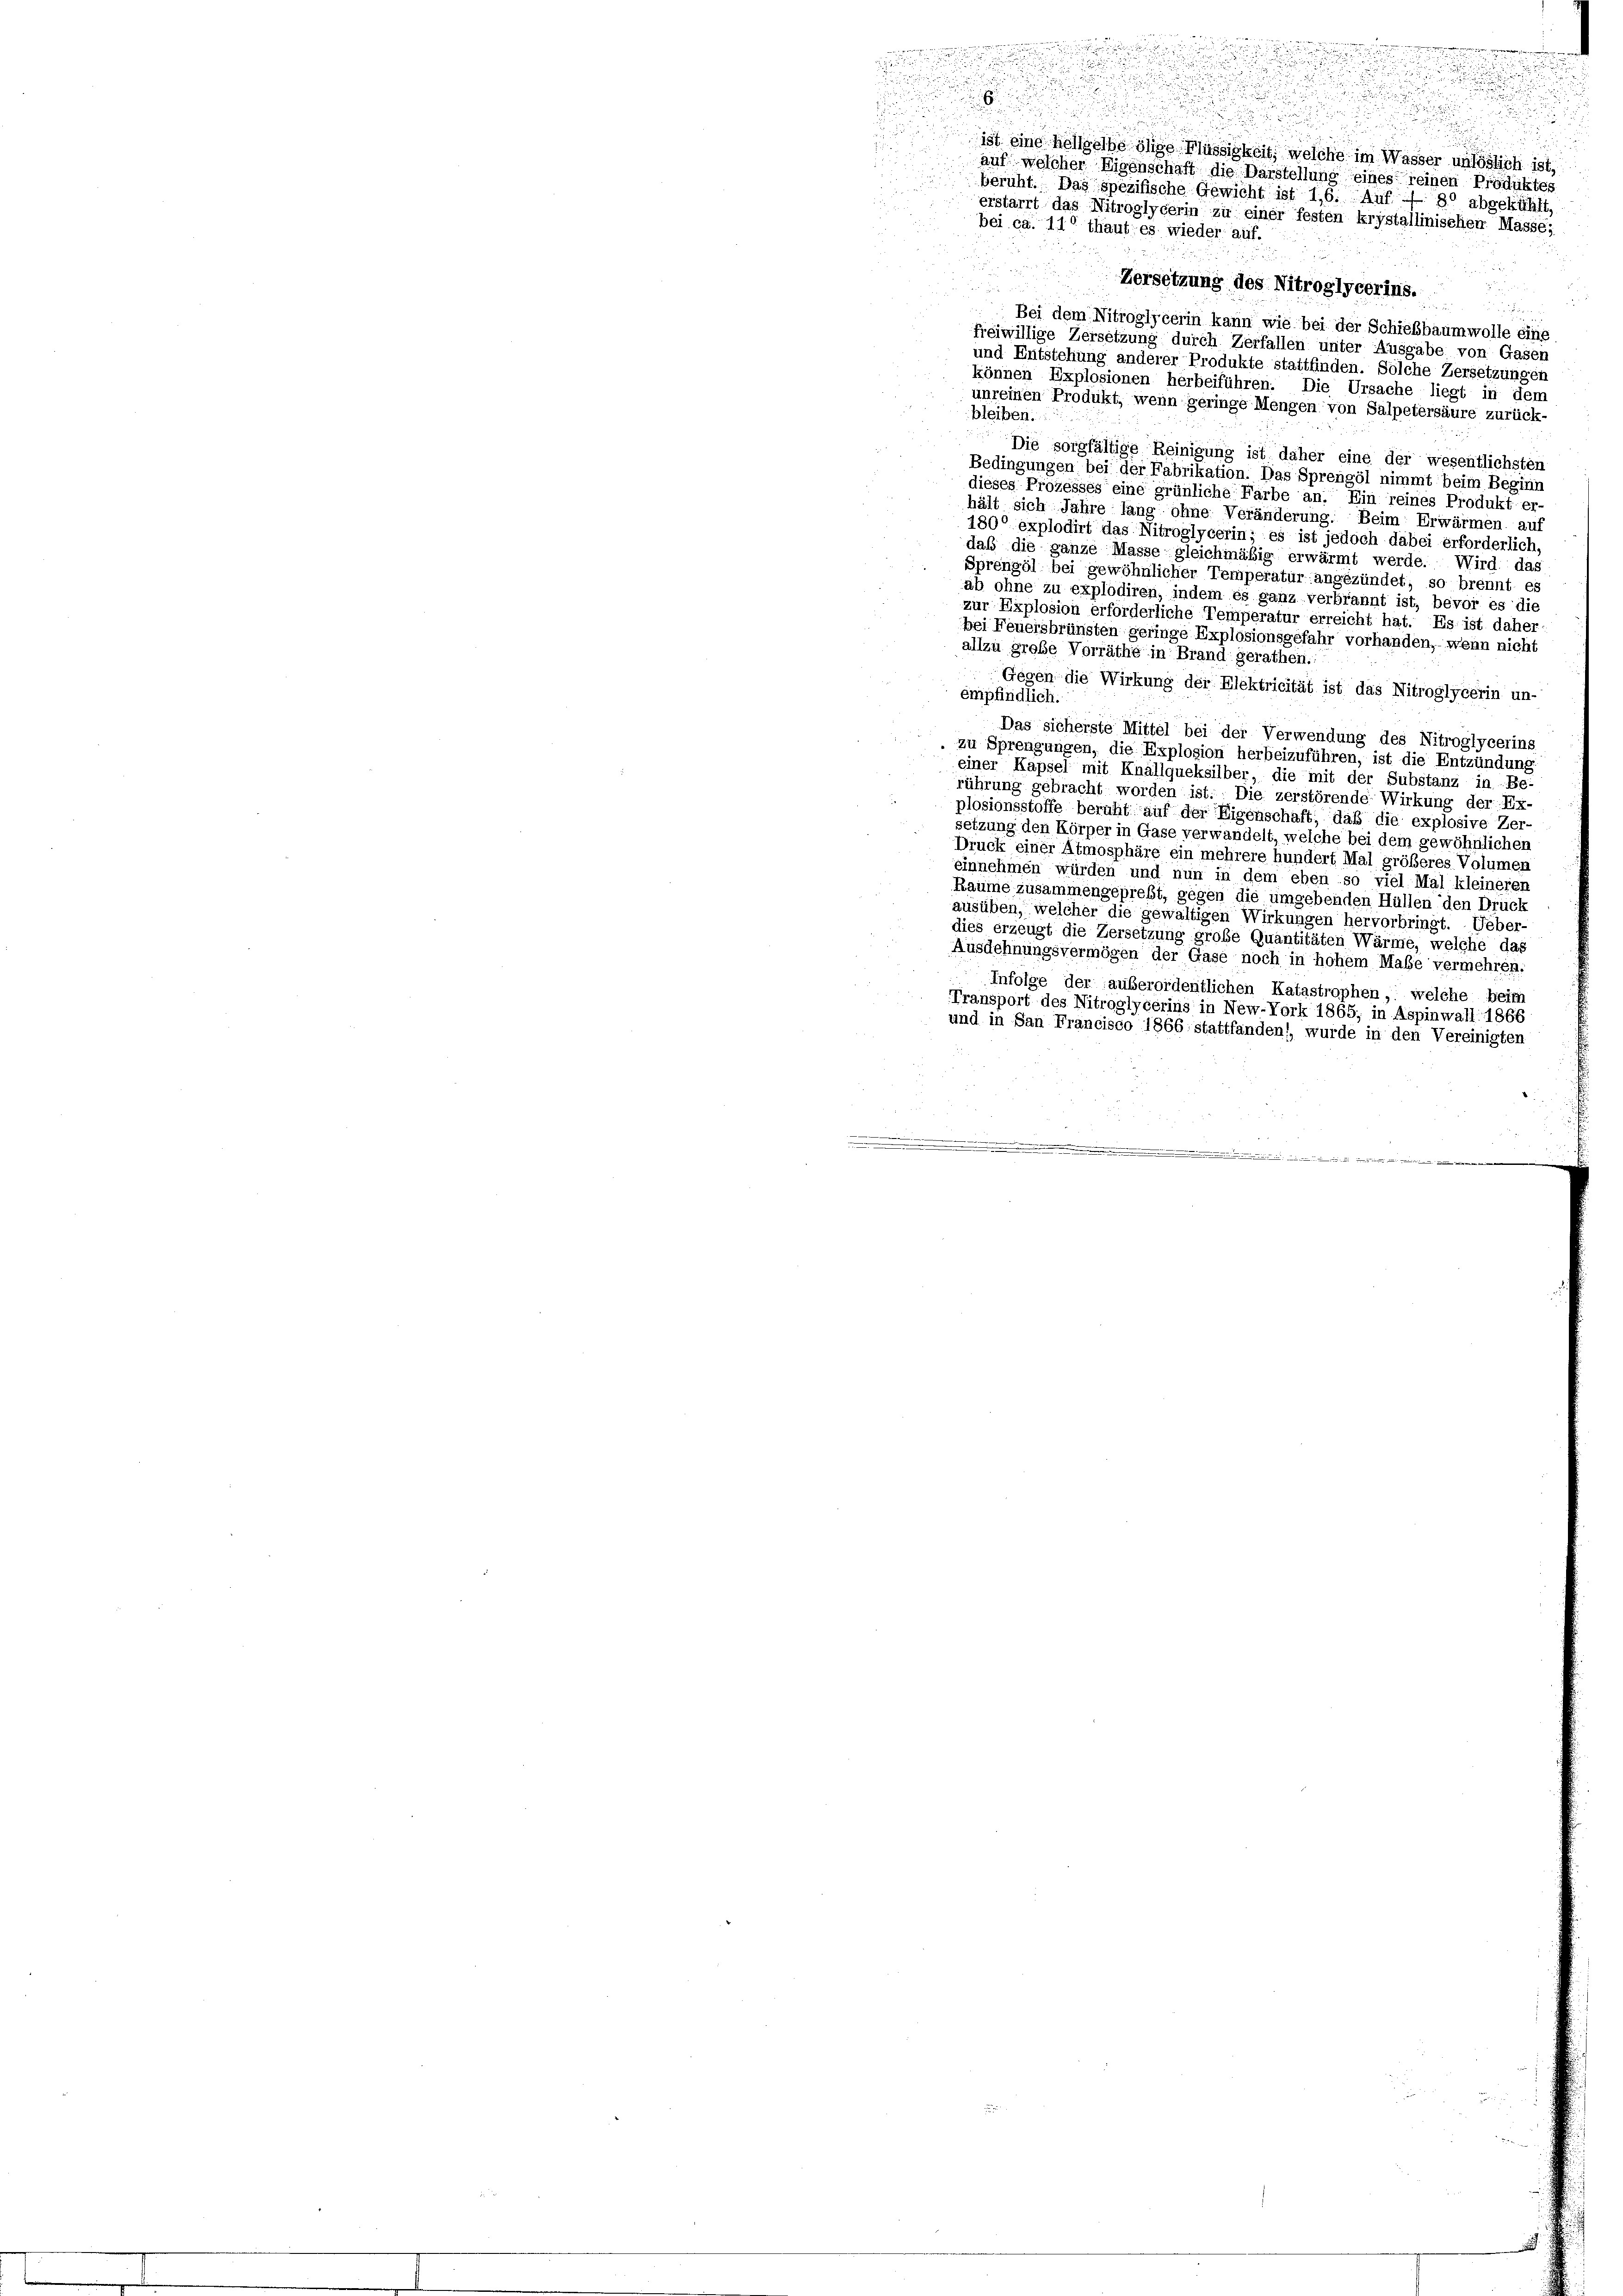
Zersetzung des Nitroglycerins.
Bei dem Nitroglycerin kann wie bei der Schiebbaumwolle eine
freiwillige Zersetzung durch Zerfallen unter Ausgabe von Gasen
und Entstehung anderer Produkte stattfinden. Solche Zersetzungen
können Explosionen herbeiführen. Die Ursache liegt in dem
unreinen Produkt, wenn geringe Mengen von Salpetersäure zurück-
bleiben.
Die sorgfältige Reinigung ist daher eine der wesentlichsten
Bedingungen bei der Fabrikation. Das Sprengöl nimmt beim Beginn
dieses Prozesses eine grünliche Farbe an. Ein reines Produkt er-
hält sich Jahre lang ohne Veränderung. Beim Erwärmen auf
180° explodirt das Nitroglycerin; es ist jedoch dabei erforderlich,
daß die ganze Masse gleichmäßig erwärmt werde. Wird das
Sprengöl bei gewöhnlicher Temperatur angezündet; so brennt es
ab ohne zu explodiren, indem es ganz verbrannt ist, bevor es die
zur Explosion erforderliche Temperatur erreicht hat. Es ist daher
bei Feuersbrünsten geringe Explosionsgefahr vorhanden, wenn nicht
allzu große Vorräthe in Brand gerathen.
Gegen die Wirkung der Elektricität ist das Nitroglycerin un-
empfindlich.
Das sicherste Mittel bei der Verwendung des Nitroglycerins-
zu Sprengungen, die Explosion herbeizuführen, ist die Entzündung
einer Kapsel mit Knällqueksilber, die mit der Substanz in Be-
rührung gebracht worden ist. Die zerstörende Wirkung der Ex-
plosionsstoffe beruht auf der Eigenschaft, daß die explosive Zer-
setzung den Körper in Gase verwandelt, welche bei dem gewöhnlichen
Druck einer Atmosphäre ein mehrere hundert Mal größeres Volumen
einnehmen würden und nun in dem eben: so viel Mal kleineren
Raume zusammengepreßt, gegen die umgebenden Hüllen den Drück
ausüben, welcher die gewaltigen Wirkungen hervorbringt. Ueber-
dies erzeugt die Zersetzung grobe Quantitäten Wärme, welche das
Ausdehnungsvermögen der Gase noch in hohem Maße vermehren.
Infolge der außerordentlichen Katastrophen, welche beim
Transport des Nitroglycerins in New-York 1865; in Aspinwall 1866
und in San Francisco 1866 stattfanden), wurde in den Vereinigten
.
.

.
u

.

ist eine hellgelbe lige Flüssigkeit, welche im Wasser unlöslich ist,
auf welcher Eigenschaft die Darstellung eines reinen Produktes
beruht. Das spezifische Gewicht ist 16. Auf 80 abgekühlt.
erstarrt das Nitroglycerin zu einer festen krystallinischen Masse;
bei ca. 110 thaut es wieder auf.